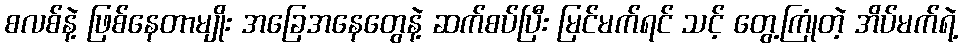
စလစ်နဲ့ ဖြစ်နေတာမျိုး အခြေအနေတွေနဲ့ ဆက်စပ်ပြီး မြင်မက်ရင် သင့် တွေ့ကြုံတဲ့ အိပ်မက်ရဲ့